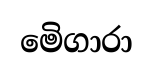
මෙිගාරා